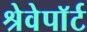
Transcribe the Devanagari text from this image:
श्रेवेपाॅर्ट